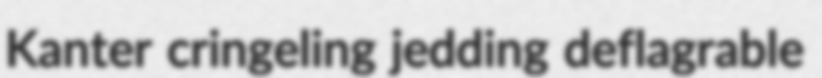
Kanter cringeling jedding deflagrable